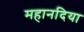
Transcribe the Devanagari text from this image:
महानदिया